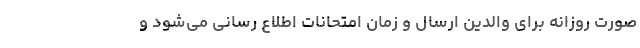
صورت روزانه برای والدین ارسال و زمان امتحانات اطلاع رسانی می‌شود و